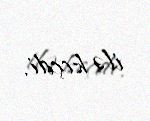
ilə keçdi.